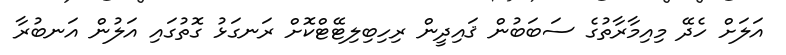
އަލަށް ހެދޭ މިއިމާރާތުގެ ސަބަބުން ޤައިދީން ރިހިބިލިޓޭޓްކޮށް ރަނގަޅު ގޮތުގައި އަލުން އަނބުރާ